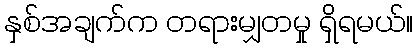
နှစ်အချက်က တရားမျှတမှု ရှိရမယ်။